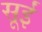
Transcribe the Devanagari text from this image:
सूईं